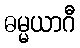
ဓမ္မယာဂီ